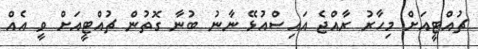
ޗުއްޓީއަށް މިހާރު ރާއްޖެ އައިސްއުޅޭ ނާނު ބުނާ ގޮތުން ޗުއްޓީއަށް ވީ އެއް